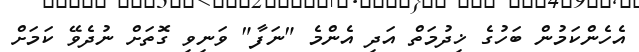
އެހެންކަމުން ބަހުގެ ޚިދުމަތް އަދި އެންމެ "ނަފާ" ވަނިވި ގޮަތަށް ނުދެވޭ ކަމަށް